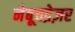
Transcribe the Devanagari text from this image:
नेबूचद्रेज़र